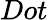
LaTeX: Dot